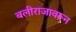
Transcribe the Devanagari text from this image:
बलीराजावरून